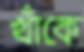
খাঁকে